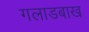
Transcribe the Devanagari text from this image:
गलाडबाख